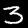
Label: 3